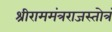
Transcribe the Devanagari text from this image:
श्रीराममंत्रराजस्तोत्रं